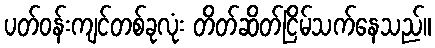
ပတ်ဝန်းကျင်တစ်ခုလုံး တိတ်ဆိတ်ငြိမ်သက်နေသည်။